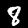
Label: 8